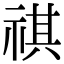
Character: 祺